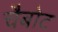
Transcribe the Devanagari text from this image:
चैबोट